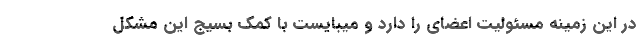
در این زمینه مسئولیت اعضای را دارد و میبایست با کمک بسیج این مشکل